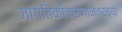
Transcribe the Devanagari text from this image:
जागतिकीकरणानंतरच्या